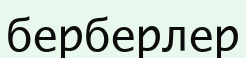
берберлер